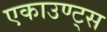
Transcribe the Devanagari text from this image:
एकाउण्ट्स